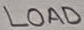
Text: LOAD